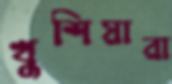
খুশিয়ারা